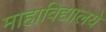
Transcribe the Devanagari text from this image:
माहाविद्यालये